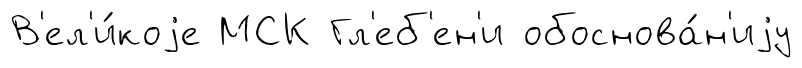
В'ел'и́коjе МСК Гл'еб'ен'и обоснова́н'иjу